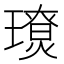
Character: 𤪃